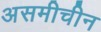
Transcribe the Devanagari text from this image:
असमीचीन